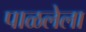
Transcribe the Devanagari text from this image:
पाळलेला